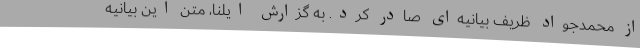
از محمدجواد ظریف بیانیه‌ای صادر کرد. به گزارش ایلنا، متن این بیانیه